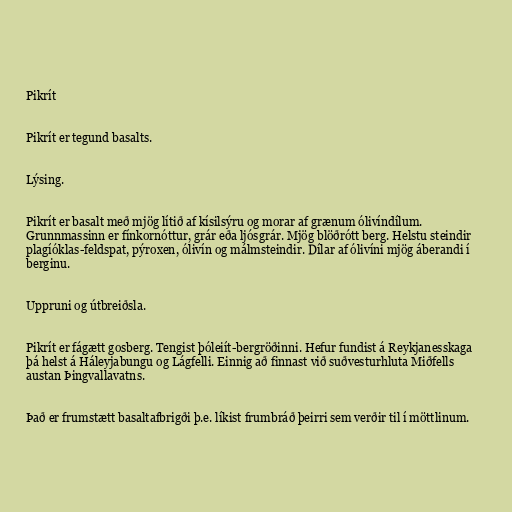
Pikrít

Pikrít er tegund basalts.

Lýsing.

Pikrít er basalt með mjög lítið af kísilsýru og morar af grænum ólivíndílum.
Grunnmassinn er fínkornóttur, grár eða ljósgrár. Mjög blöðrótt berg. Helstu steindir
plagíóklas-feldspat, pýroxen, ólivín og málmsteindir. Dílar af ólivíni mjög áberandi í
berginu.

Uppruni og útbreiðsla.

Pikrít er fágætt gosberg. Tengist þóleiít-bergröðinni. Hefur fundist á Reykjanesskaga
þá helst á Háleyjabungu og Lágfelli. Einnig að finnast við suðvesturhluta Miðfells
austan Þingvallavatns.

Það er frumstætt basaltafbrigði þ.e. líkist frumbráð þeirri sem verðir til í möttlinum.